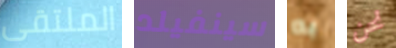
الملتقى سينفيلد به نحن